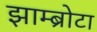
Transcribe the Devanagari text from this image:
झाम्ब्रोटा